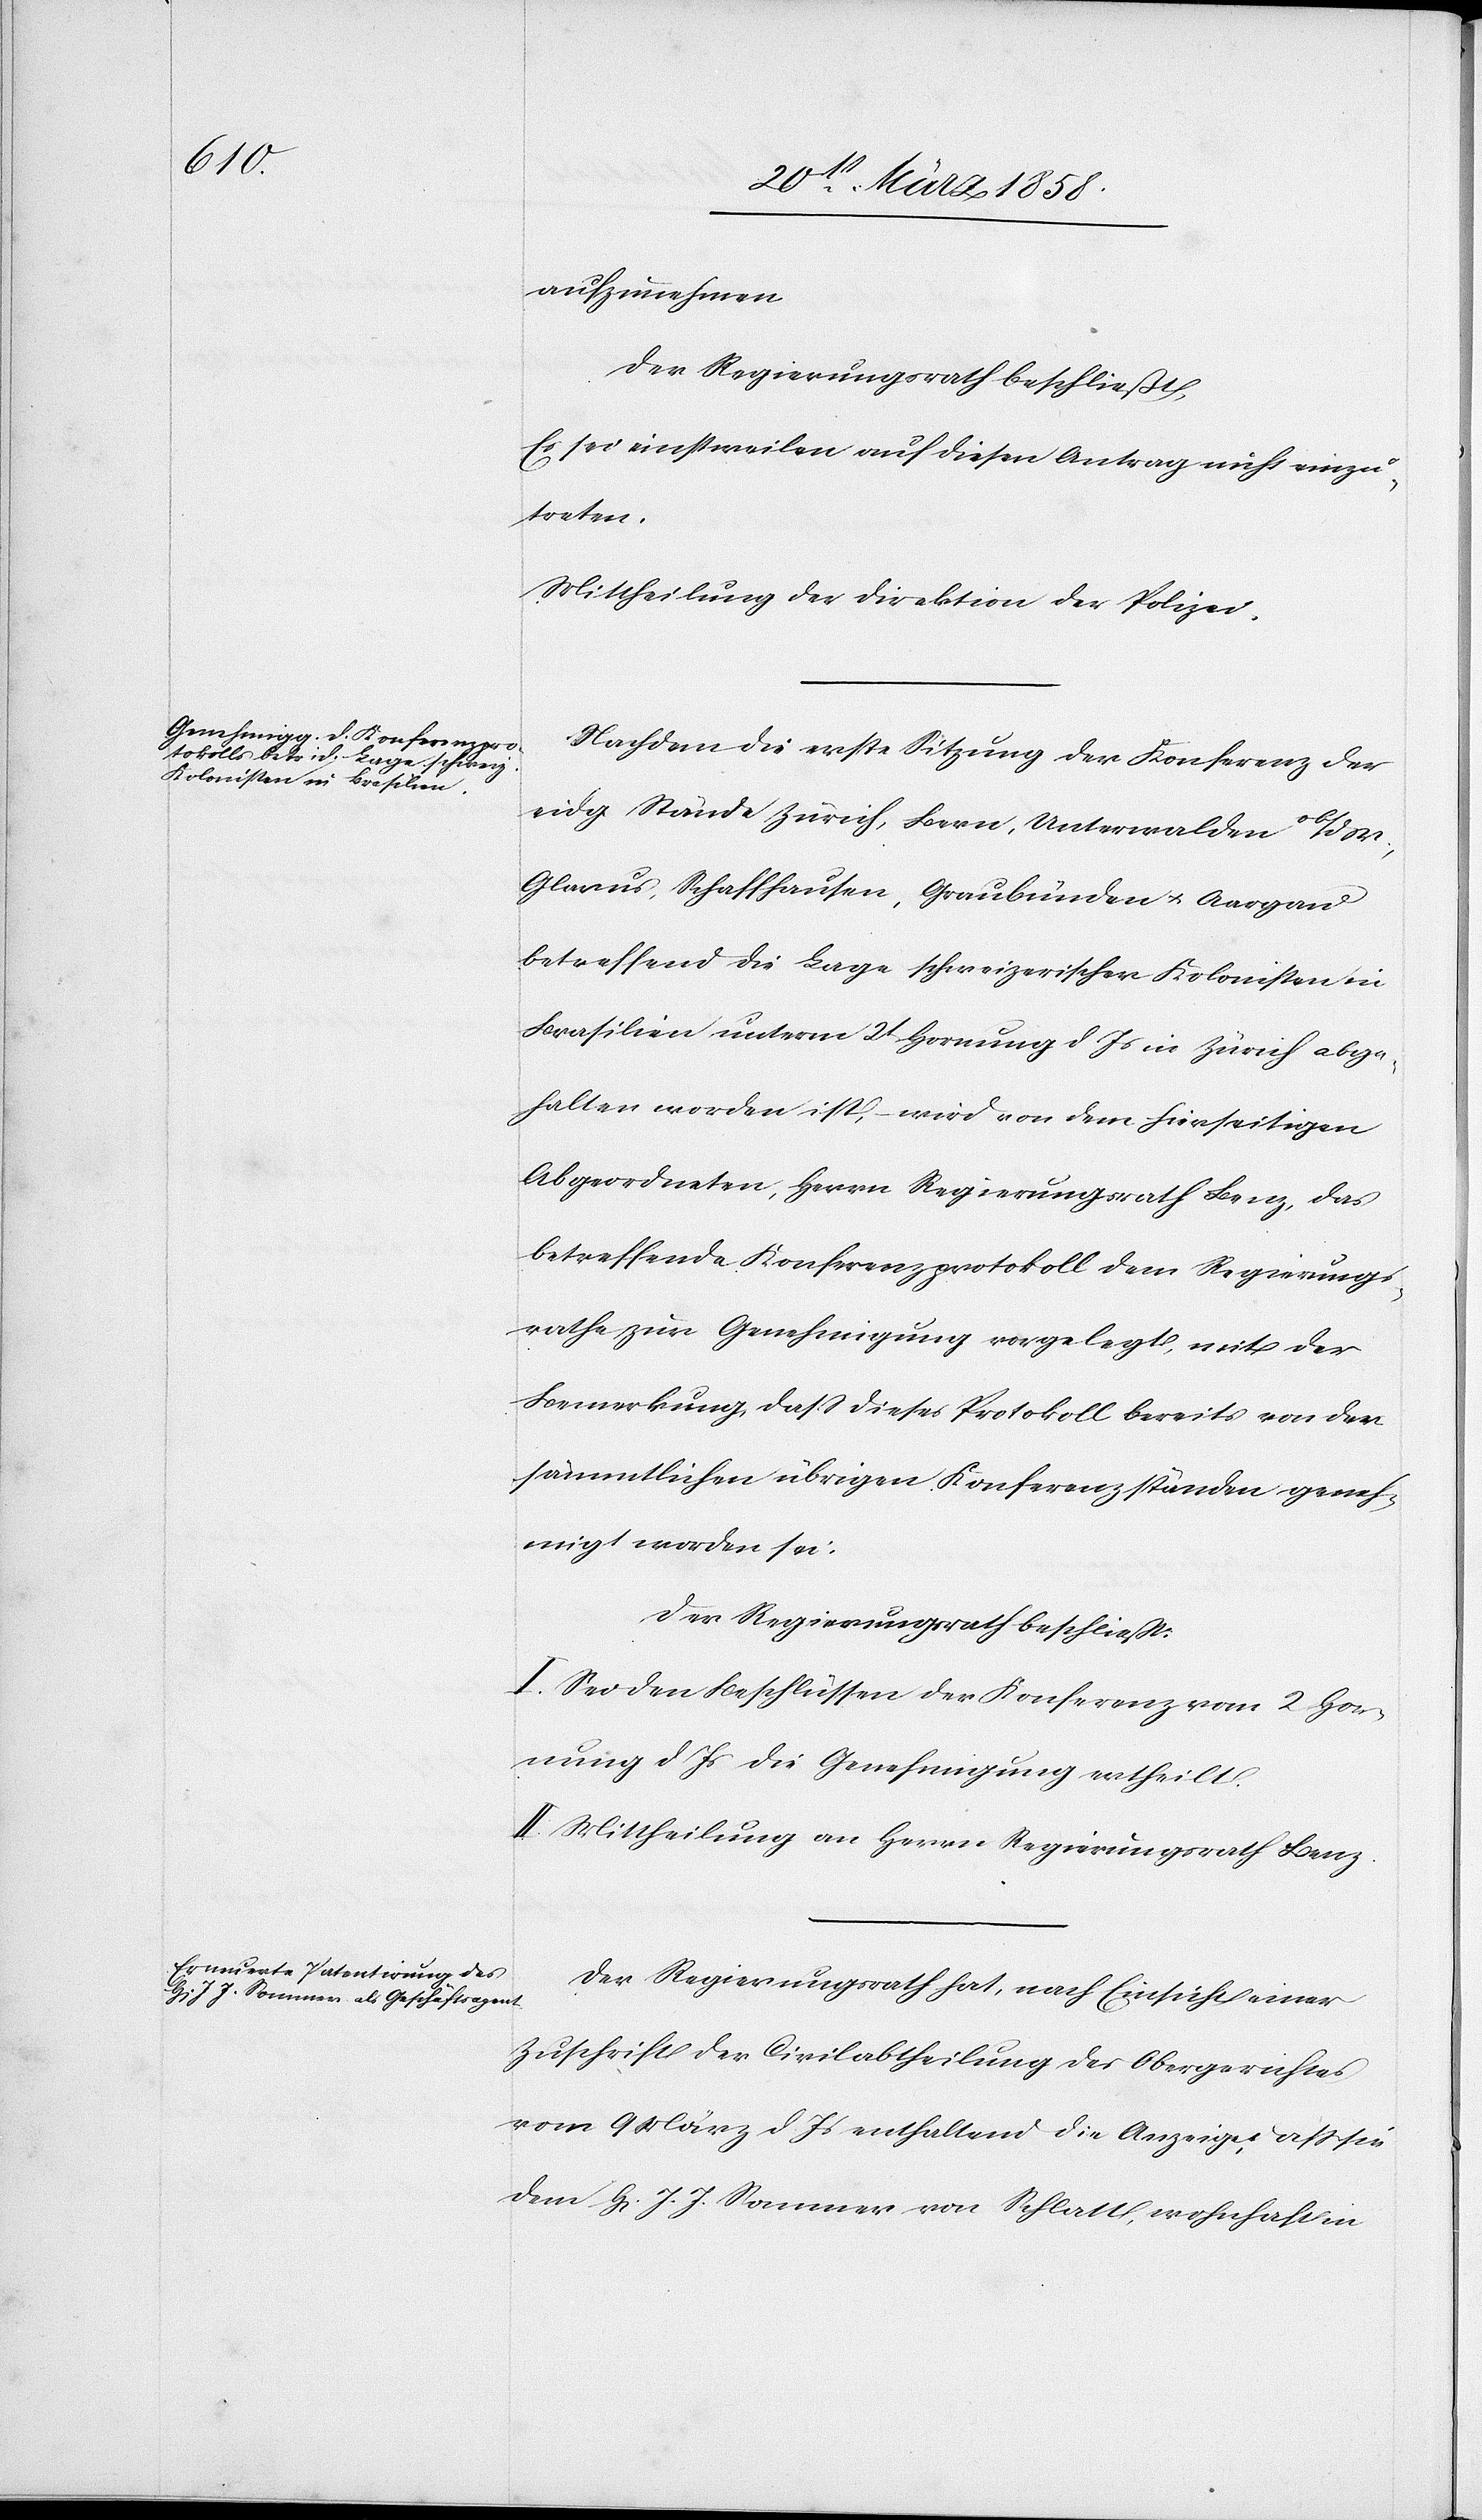
aufzunehmen.
Der Regierungsrath beschließt:
Es sei einstweilen auf diesen Antrag nicht einzu¬
treten.
Mittheilung der Direktion der Polizei.
Nachdem die erste Sitzung der Konferenz der
eidg. Stände Zürich, Bern, Unterwalden ob/dW.,
Glarus, Schaffhausen, Graubünden u. Aargau
betreffend die Lage schweizerischer Kolonisten in
Brasilien unterm 2t Hornung d. Is. in Zürich abge¬
halten worden ist, wird von dem hierseitigen
Abgeordneten, Herrn Regierungsrath Benz, das
betreffende Konferenzprotokoll dem Regierungs¬
rathe zur Genehmigung vorgelegt, mit der
Bemerkung, daß dieses Protokoll bereits von den
sämmtlichen übrigen Konferenzständen geneh¬
migt worden sei.
Der Regierungsrath beschließt:
I. Sei den Beschlüssen der Konferenz vom 2. Hor¬
nung d. Is. die Genehmigung ertheilt.
II. Mittheilung an Herrn Regierungsrath Benz.
Der Regierungsrath hat, nach Einsicht einer
Zuschrift der Civilabtheilung des Obergerichtes
vom 9. März d. Js. enthaltend die Anzeige, daß sie
den H[errn] J. J. Sommer von Schlatt, wohnhaft in